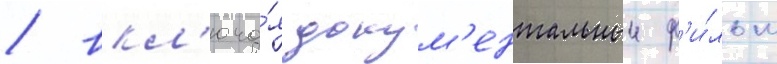
/ вкл'юча́я докум'ентальныи ф'и́льм